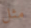
مثل